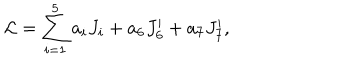
{ \cal L } = \sum _ { i = 1 } ^ { 5 } a _ { i } J _ { i } + a _ { 6 } J _ { 6 } ^ { \prime } + a _ { 7 } J _ { 7 } ^ { \prime } ,